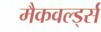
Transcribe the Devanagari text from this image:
मैकवर्ल्ड्स